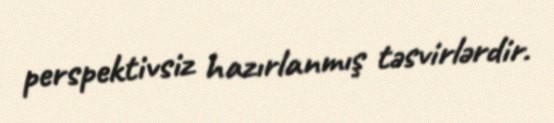
perspektivsiz hazırlanmış təsvirlərdir.